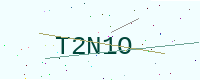
Text: T2N1O